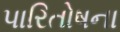
પારિતોષના